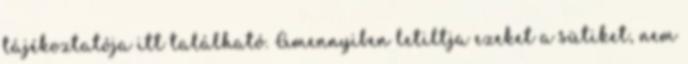
tájékoztatója itt található. Amennyiben letiltja ezeket a sütiket, nem